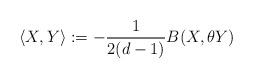
\begin{align*}\left<X,Y\right>:=-\frac{1}{2(d-1)}B(X,\theta Y)\end{align*}